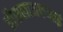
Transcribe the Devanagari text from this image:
हौसलाअफजाई